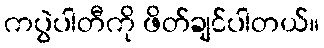
ကပွဲပါတီကို ဖိတ်ချင်ပါတယ်။